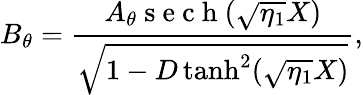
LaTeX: B_{\theta}=\frac{A_{\theta}\mathrm{~s~e~c~h~}(\sqrt{\eta_{1}}X)}{\sqrt{1-D\operatorname{tanh}^{2}(\sqrt{\eta_{1}}X)}},